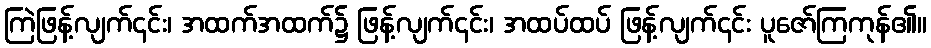
ကြဲဖြန့်လျက်၎င်း၊ အထက်အထက်၌ ဖြန့်လျက်၎င်း၊ အထပ်ထပ် ဖြန့်လျက်၎င်း ပူဇော်ကြကုန်၏။